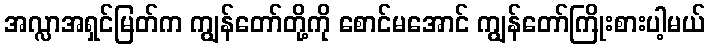
အလ္လာအရှင်မြတ်က ကျွန်တော်တို့ကို စောင်မအောင် ကျွန်တော်ကြိုးစားပါ့မယ်